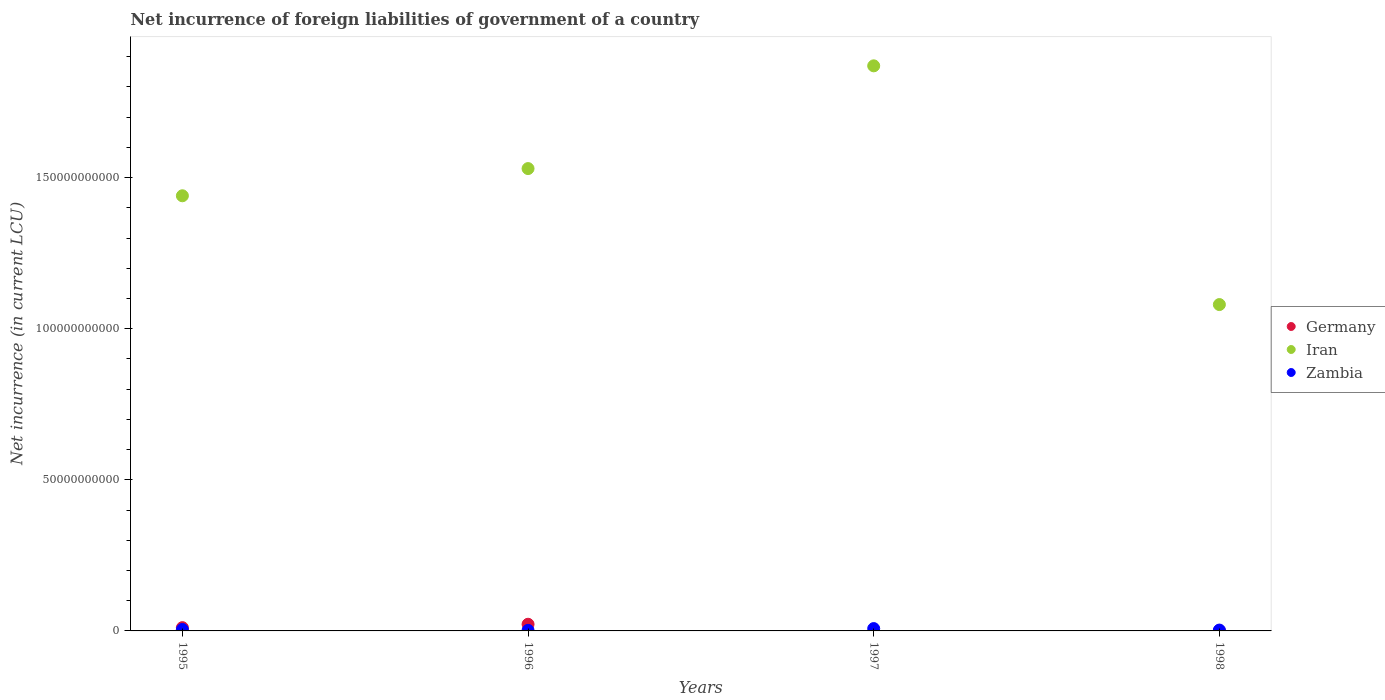
| Years | Germany | Iran | Zambia |
 | --- | --- | --- | --- |
 | 1995 | 1.08e+09 | 1.44e+11 | 4.88e+08 |
 | 1996 | 2.20e+09 | 1.53e+11 | 1.87e+08 |
 | 1997 | -6.67e+09 | 1.87e+11 | 7.72e+08 |
 | 1998 | 2.8e+07 | 1.08e+11 | 2.8e+08 |